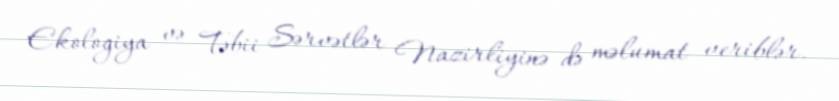
Ekologiya və Təbii Sərvətlər Nazirliyinə də məlumat veriblər.